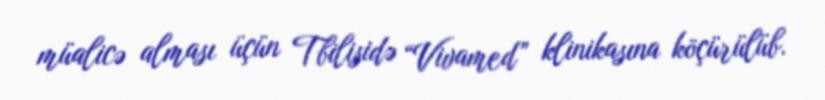
müalicə alması üçün Tbilisidə “Vivamed” klinikasına köçürülüb.